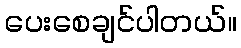
ပေးစေချင်ပါတယ်။